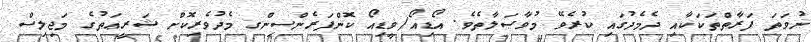
ނުވަތަ ފަރާތްތަކަކާއި ދެމެދުގައި ކުރެވޭ މުވާޞަލާތެވެ. އޯޑިއޯ/ވީޑިއޯ ކޮންފަރެންސިންގ މެދުވެރިކޮށް ޝަރީޢަތުގެ މަޖިލިސް